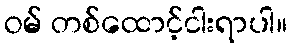
ဝမ် တစ်ထောင့်ငါးရာပါ။